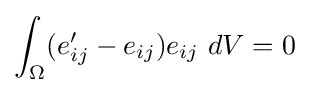
\int _{\Omega }(e_{ij}'-e_{ij})e_{ij}\ dV=0